Lunatic asylums Central Provinces reports 1895-1909 - 1895-1909
Year: 1895
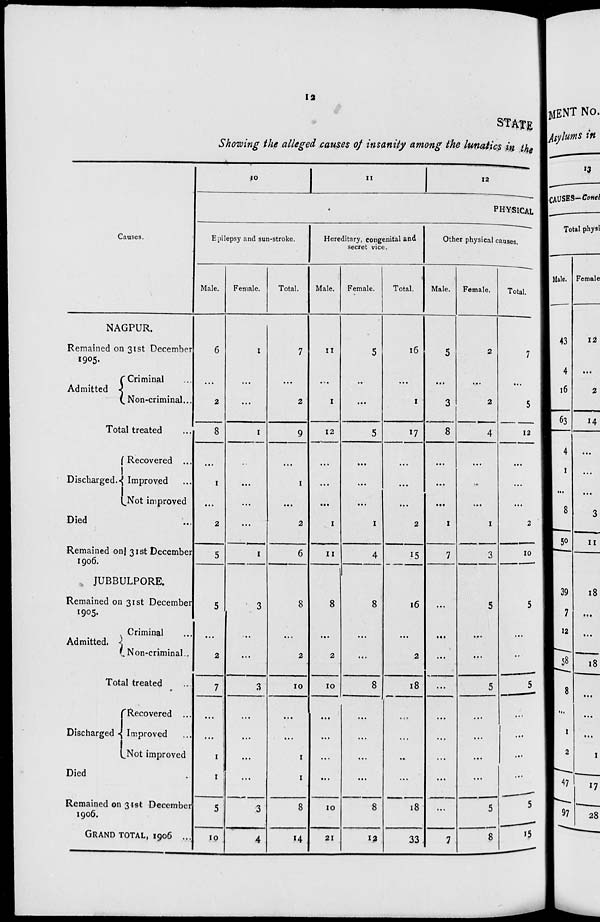
12
STATE
Showing the alleged causes of insanity among the lunatics is the
Causes.
NAGPUR.
Remained on 31st December
1905.
Admitted
Criminal...
Non-criminal...
Total treated...
Discharged.
Recovered...
Improved...
Not improved...
Died...
Remained on 31st December
1906.
JUBBULPORE.
Remained on 31st December
1905.
Admitted.
Criminal...
Non-criminal..
Total treated...
Discharged
Recovered ...
Improved...
Not improved...
Died...
Remained on 31st December
1906.
GRAND TOTAL, 1906 ...
10
11
12
PHYSICAL
Epilepsy and sun-stroke.
Male.
6
...
2
8
...
1
...
2
5
5
...
2
7
...
...
1
1
5
10
Female.
1
...
...
1
...
...
...
1
3
...
...
3
...
...
...
...
3
4
Total.
7
...
2
9
1
...
2
6
8
...
2
10
...
...
1
1
8
14
Hereditary, congenital and
secret vice.
Male.
11
...
1
12
...
...
...
1
11
8
...
2
10
...
...
...
...
10
21
Female.
5
...
...
5
...
...
...
1
4
8
...
...
8
...
...
...
...
8
12
Total.
16
...
1
17
...
...
...
2
15
16
...
2
18
...
...
...
...
18
33
Other physical causes.
Male.
5
...
3
8
...
...
...
1
7
...
...
...
...
...
...
...
...
...
7
Female.
2
...
2
4
...
...
...
1
3
5
...
...
5
...
...
...
...
5
8
Total.
7
5
12
...
...
...
2
10
5
...
...
5
...
...
...
...
5
15